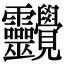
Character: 𧢱